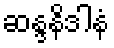
ဆန္ဒနိဒါနံ